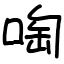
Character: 啕